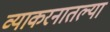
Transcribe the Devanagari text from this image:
व्याकरनातल्या